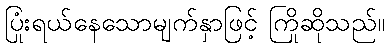
ပြုံးရယ်နေသောမျက်နှာဖြင့် ကြိုဆိုသည်။